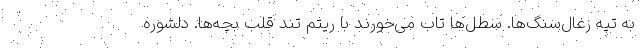
به تپه زغال‌سنگ‌ها. سطل‌ها تاب می‌خورند با ریتم تند قلب بچه‌ها. دلشوره